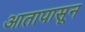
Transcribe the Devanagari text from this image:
आतापासून